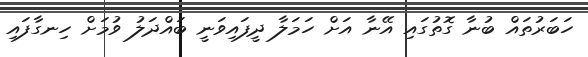
ހަބަރުތައް ބުނާ ގޮތުގައި އޭނާ އަށް ހަމަލާ ދީފައިވަނީ ބައްދަލު ވުމަށް ހިނގާފައި